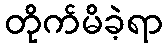
တိုက်မိခဲ့ရာ